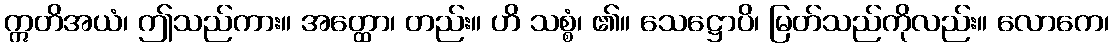
ဣတိအယံ၊ ဤသည်ကား။ အတ္ထော၊ တည်း။ ဟိ သစ္စံ၊ ၏။ သေဋ္ဌောပိ၊ မြတ်သည်ကိုလည်း။ လောကေ၊